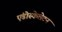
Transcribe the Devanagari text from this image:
एंडोस्केलेटन